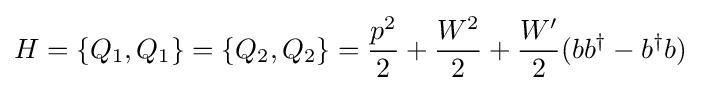
H=\{Q_{1},Q_{1}\}=\{Q_{2},Q_{2}\}={\frac {p^{2}}{2}}+{\frac {W^{2}}{2}}+{\frac {W'}{2}}(bb^{\dagger }-b^{\dagger }b)